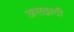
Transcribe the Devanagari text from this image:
असद्वादी